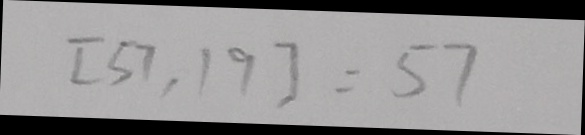
[ 5 7 , 1 9 ] = 5 7